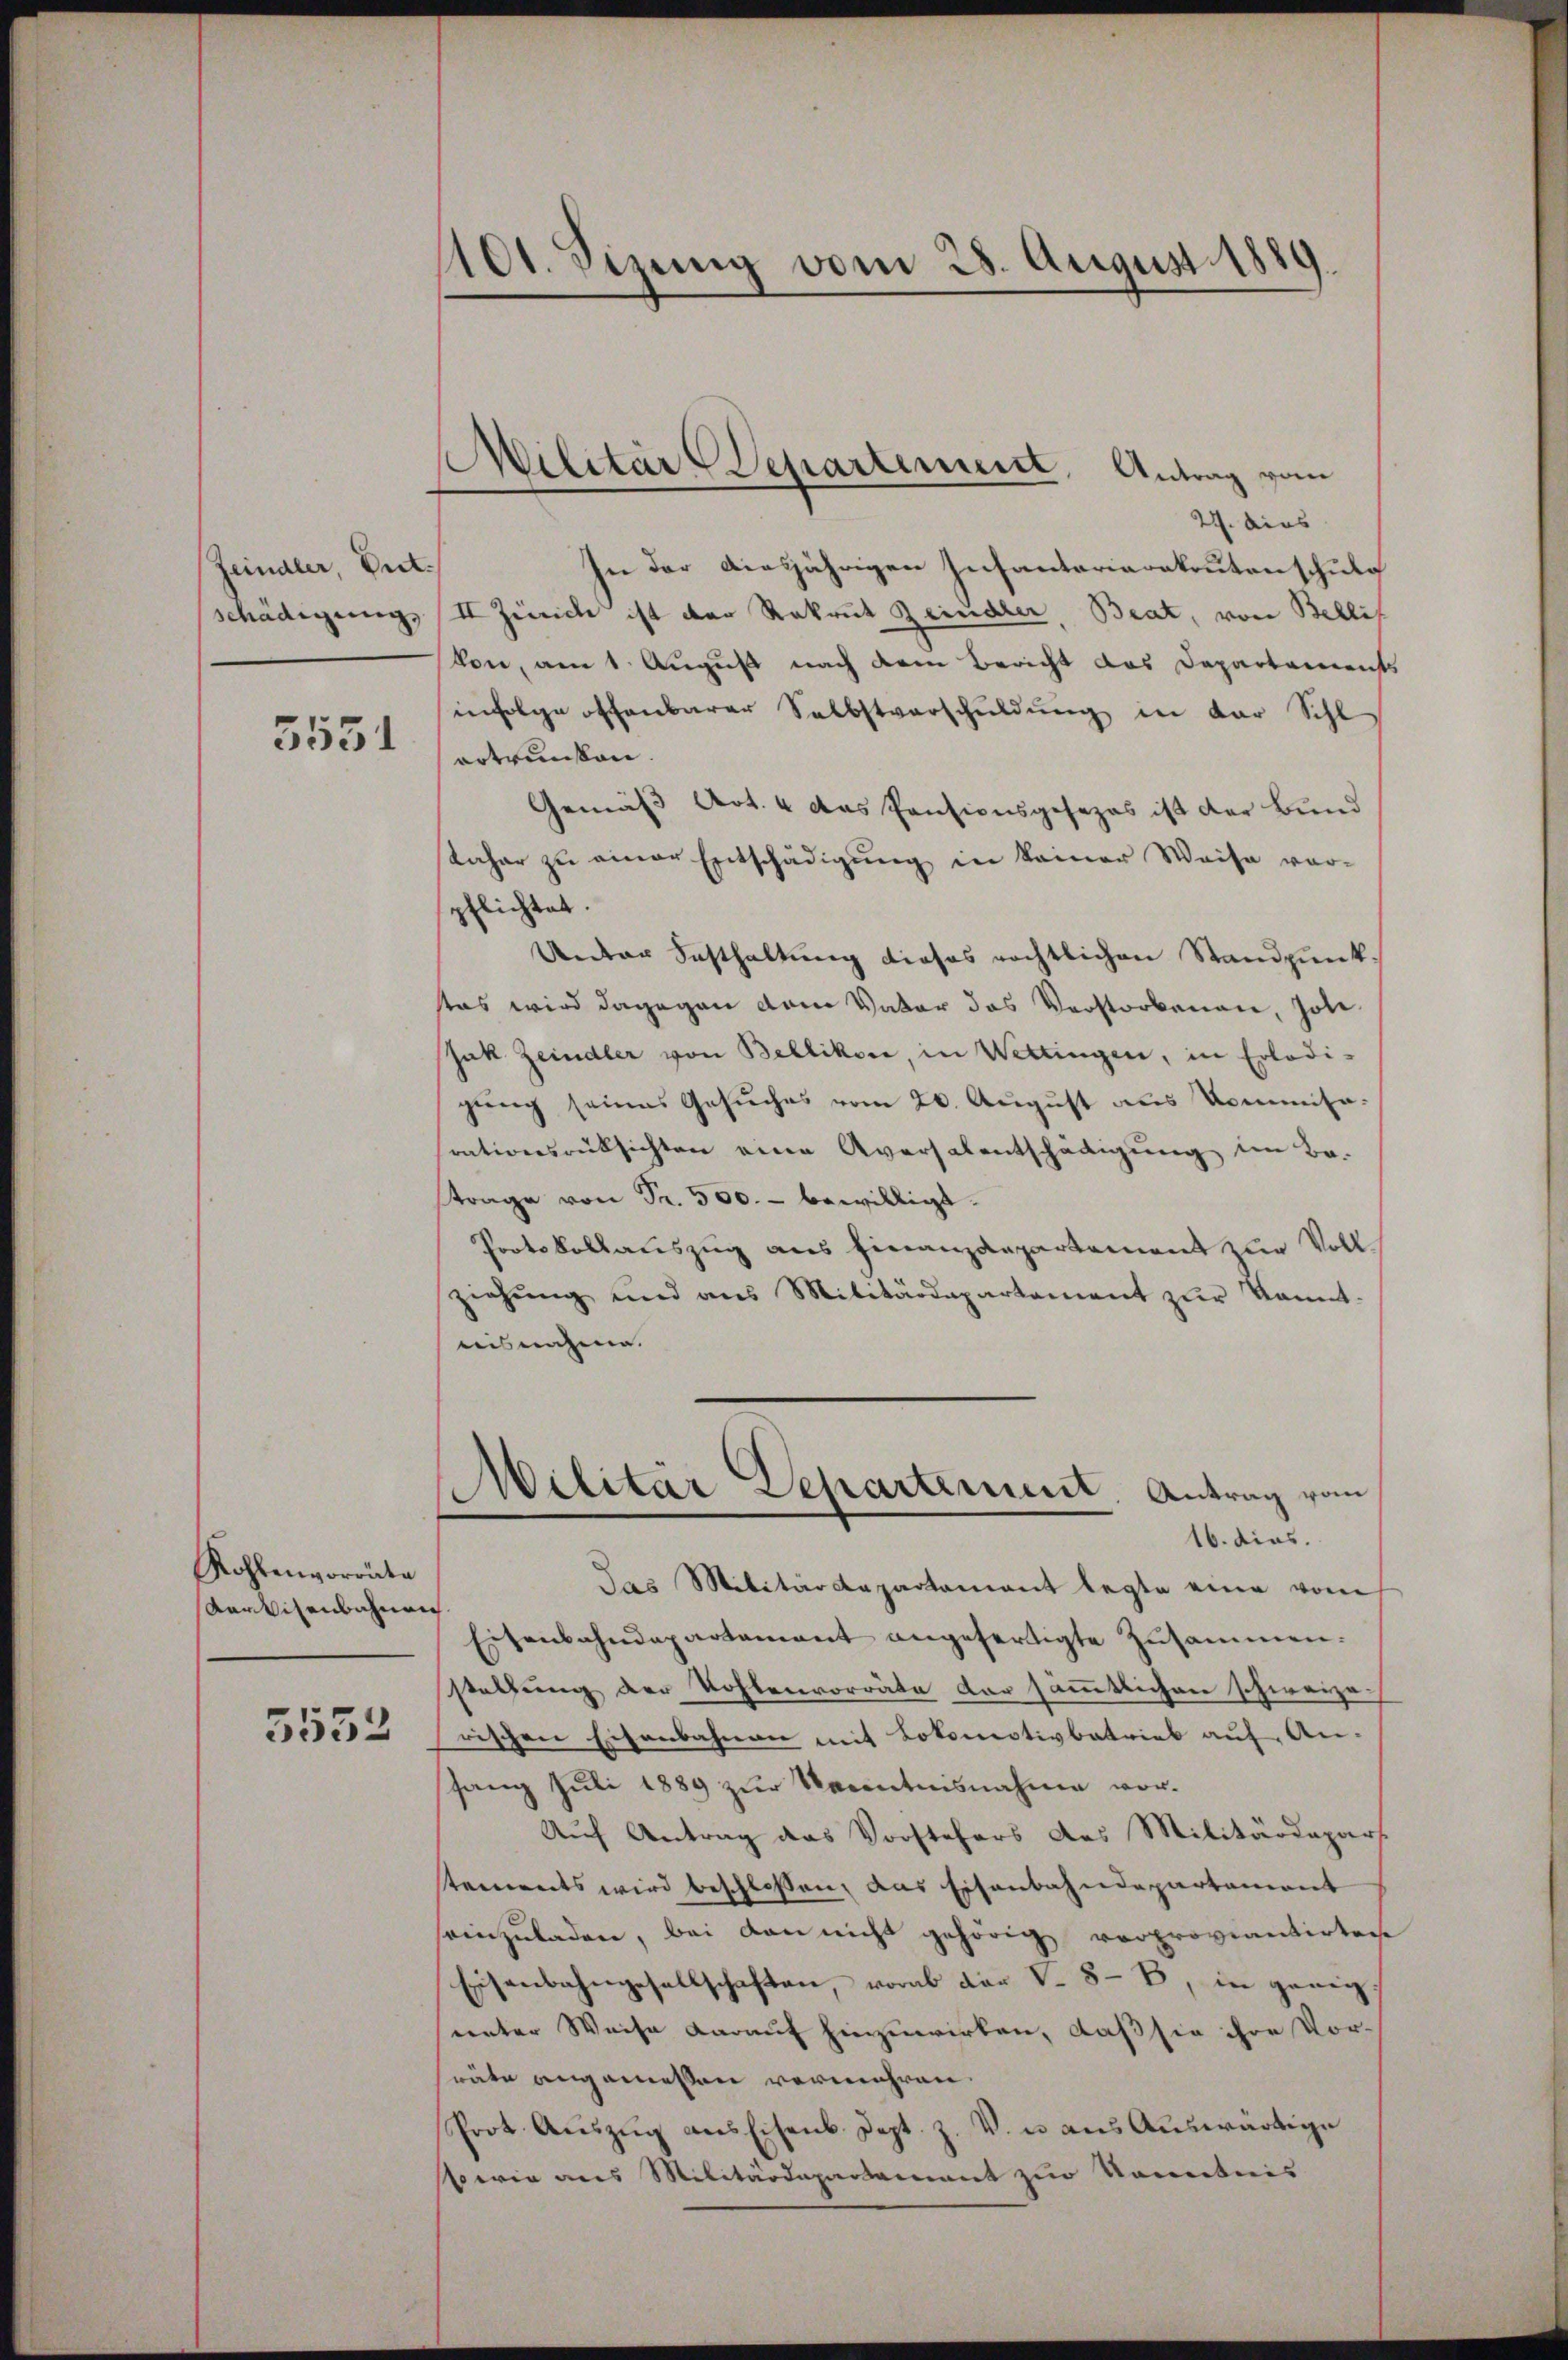
Feindler, Petschädigung,

3551

Kohlenvorräte
Karvisenbahnen
5552

101. Sizung vom 28. August 1889.

ilitar Departement, Antrag vom

27. dies
In der diesjährigen Insantariarekruten schule
II Zürich ist der Rekrut Zeindler, Beat, von Bellis
von, am 1. August nach dem Bericht das Departements
infolge offenbarer Selbstverschŭldŭng in der Schl
ertrunken.
Gemäß Art. 4 das Pensionsgesezes ist der Bund
daher zŭ einer Entschädigŭng in keiner Weise vor-
pflichtet.
Unter Festhaltung dieses rechtlichen Standpunksas wird dagegen dem Vater das Verstorbenen, hole
Jak. Zeindler von Bellikon, in Wettingen, in Erledi-
gung seines Gesuches vom 20. August aus Kommisarationsrüksichten eine Aversalentschädigung im Be-
trage von Fr. 500.- bewilligt.
Portokollauszug aus Finanzdepartement zur Vollziehung und aus Militärdepartement zŭr kannt.
nisnahme.
Militär Departement. Antrag vom
16. dies.
das Militärdepartement legte eine vom
Eisenbahndepartement angefertigte Zusammen.
stellung der Kohlenvorräte der sämmtlichen schweizerischen Eisenbahnen mit Lokomotivbatrieb auf An-
sang Juli 1889 zur Kenntnisnahme vor¬
Auf Antrag das Vorstehers das Militärdepars
stements wird beschlossen, das Eisenbahndepartement
seinzuladen, bei dan nicht gehörig verproviantirten
Eisenbahngesellschaften, vorab der S. 88, in geeigunter Weise darauf hinzuwirken, daß sie ihre Vorsräte angemessen vermehren.
Prot. Aeŭzŭg ans Eisenb. Sept. Z. V. u aŭs Aŭswärtige
wie aus Militärdepartement zur Kenntnis